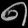
Digit: ၈